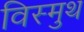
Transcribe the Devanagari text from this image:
विस्मुथ